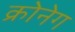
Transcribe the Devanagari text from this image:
क्रोनेग